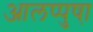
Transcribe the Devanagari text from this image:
आलप्पुषा़